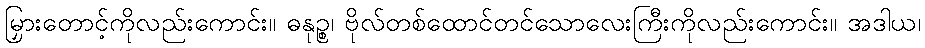
မြှားတောင့်ကိုလည်းကောင်း။ ဓနုဉ္စ၊ ဗိုလ်တစ်ထောင်တင်သောလေးကြီးကိုလည်းကောင်း။ အဒါယ၊